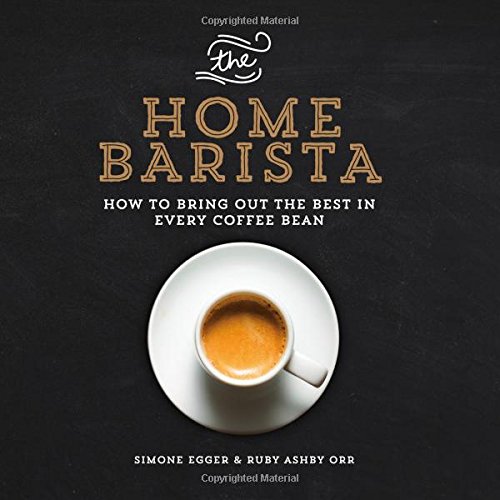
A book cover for The Home Barista: How to Bring Out the Best in Every Coffee Bean; Simone Egger; Cookbooks, Food & Wine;